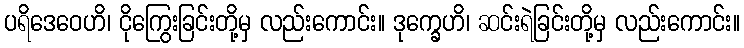
ပရိဒေဝေဟိ၊ ငိုကြွေးခြင်းတို့မှ လည်းကောင်း။ ဒုက္ခေဟိ၊ ဆင်းရဲခြင်းတို့မှ လည်းကောင်း။